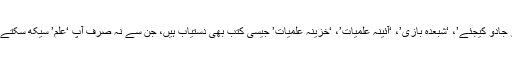
یہ ہی نہیں بلکہ اس بک اسٹال پر ‘ٹیلی پیتھی سیکھیں’، ‘دوسروں پر جادو کیجئے’، ‘شبعدہ بازی’، ‘آئینہ علمیات’، ‘خزینہ علمیات’ جیسی کتب بھی دستیاب ہیں، جن سے نہ صرف آپ ‘علم’ سیکھ سکتے ہیں بلکہ اپنا کاروبار بھی چمکاسکتے ہیں، لیکن اپنی ذمہ داری پر۔